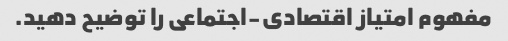
مفهوم امتیاز اقتصادی-اجتماعی را توضیح دهید.